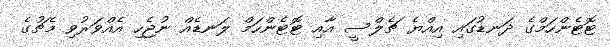
ޓޮޓެންހަމްގެ ދަނޑުގައި އިއްޔެ ޗެލްސީ އާއި ޓޮޓެންހަމް ލަނޑެއް ނުޖެހި އެއްވަރުވި މެޗުގެ